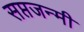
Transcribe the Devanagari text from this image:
सप्तजन्मी